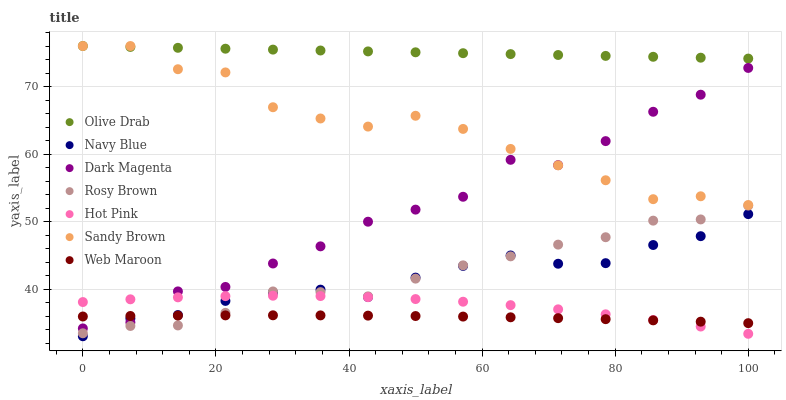
| xaxis_label | Olive Drab | Navy Blue | Dark Magenta | Rosy Brown | Hot Pink | Sandy Brown | Web Maroon |
 | --- | --- | --- | --- | --- | --- | --- | --- |
 | 0 | 76 | 33 | 34.2 | 33.4 | 38.1 | 76 | 35.9 |
 | 7.14 | 75.9 | 35.6 | 35.1 | 34.5 | 38.5 | 76 | 36 |
 | 14.3 | 75.7 | 36.1 | 39.6 | 34.6 | 38.8 | 72.6 | 36.1 |
 | 21.4 | 75.6 | 38.2 | 40.3 | 36.5 | 38.9 | 72.1 | 36.1 |
 | 28.6 | 75.5 | 39.5 | 43.8 | 39.6 | 39 | 66.9 | 36.1 |
 | 35.7 | 75.3 | 39.9 | 46.3 | 39.5 | 39 | 65.3 | 36.1 |
 | 42.9 | 75.2 | 38.8 | 50 | 38.9 | 38.8 | 64.1 | 36.1 |
 | 50 | 75.1 | 41.7 | 51.8 | 41.5 | 38.5 | 65.7 | 36 |
 | 57.1 | 74.9 | 43.4 | 53.7 | 43.5 | 38.1 | 63.7 | 35.9 |
 | 64.3 | 74.8 | 45 | 59.1 | 44.8 | 37.6 | 60.8 | 35.8 |
 | 71.4 | 74.7 | 43.7 | 58.3 | 46.6 | 37 | 58.3 | 35.7 |
 | 78.6 | 74.5 | 43.8 | 61.9 | 47.7 | 36.3 | 56.1 | 35.5 |
 | 85.7 | 74.4 | 46.5 | 66.3 | 50.1 | 35.4 | 53.3 | 35.4 |
 | 92.9 | 74.3 | 47.8 | 68.8 | 50.3 | 34.4 | 53.7 | 35.2 |
 | 100 | 74.1 | 51.1 | 72.8 | 52.4 | 33.4 | 52.4 | 34.9 |